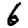
Digit: 6